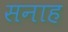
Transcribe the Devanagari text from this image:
सनाह